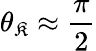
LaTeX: \theta_{\mathfrak{K}}\approx\frac{{\pi}}{{2}}